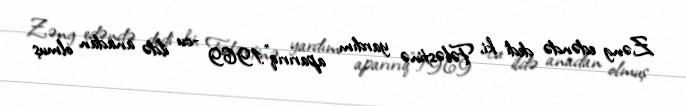
Zəng edəndə dedi ki, Fələstinə yardım aparırıq”.1969 -cu ildə anadan olmuş